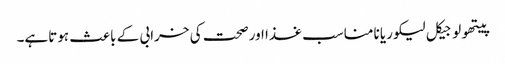
پیتھولوجیکل لیکوریا نامناسب غذا اور صحت کی خرابی کے باعث ہوتاہے۔